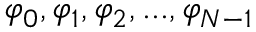
\varphi _ { 0 } , \varphi _ { 1 } , \varphi _ { 2 } , . . . , \varphi _ { N - 1 }